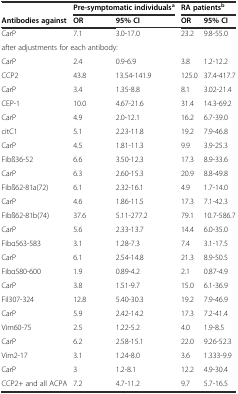
<table><thead><tr><td></td><td colspan="2"><b>Pre-symptomatic individuals<sup>a</sup></b></td><td colspan="2"><b>RA patients<sup>b</sup></b></td></tr><tr><td><b>Antibodies against</b></td><td><b>OR</b></td><td><b>95% CI</b></td><td><b>OR</b></td><td><b>95% CI</b></td></tr></thead><tbody><tr><td>CarP</td><td>7.1</td><td>3.0-17.0</td><td>23.2</td><td>9.8-55.0</td></tr><tr><td colspan="5">after adjustments for each antibody:</td></tr><tr><td>CarP</td><td>2.4</td><td>0.9-6.9</td><td>3.8</td><td>1.2-12.2</td></tr><tr><td>CCP2</td><td>43.8</td><td>13.54-141.9</td><td>125.0</td><td>37.4-417.7</td></tr><tr><td>CarP</td><td>3.4</td><td>1.35-8.8</td><td>8.1</td><td>3.02-21.4</td></tr><tr><td>CEP-1</td><td>10.0</td><td>4.67-21.6</td><td>31.4</td><td>14.3-69.2</td></tr><tr><td>CarP</td><td>4.9</td><td>2.0-12.1</td><td>16.2</td><td>6.7-39.0</td></tr><tr><td>citC1</td><td>5.1</td><td>2.23-11.8</td><td>19.2</td><td>7.9-46.8</td></tr><tr><td>CarP</td><td>4.5</td><td>1.81-11.3</td><td>9.9</td><td>3.9-25.3</td></tr><tr><td>Fibß36-52</td><td>6.6</td><td>3.50-12.3</td><td>17.3</td><td>8.9-33.6</td></tr><tr><td>CarP</td><td>6.3</td><td>2.60-15.3</td><td>20.9</td><td>8.8-49.8</td></tr><tr><td>Fibß62-81a(72)</td><td>6.1</td><td>2.32-16.1</td><td>4.9</td><td>1.7-14.0</td></tr><tr><td>CarP</td><td>4.6</td><td>1.86-11.5</td><td>17.3</td><td>7.1-42.3</td></tr><tr><td>Fibß62-81b(74)</td><td>37.6</td><td>5.11-277.2</td><td>79.1</td><td>10.7-586.7</td></tr><tr><td>CarP</td><td>5.6</td><td>2.33-13.7</td><td>14.4</td><td>6.0-35.0</td></tr><tr><td>Fibα563-583</td><td>3.1</td><td>1.28-7.3</td><td>7.4</td><td>3.1-17.5</td></tr><tr><td>CarP</td><td>6.1</td><td>2.54-14.8</td><td>21.3</td><td>8.9-50.5</td></tr><tr><td>Fibα580-600</td><td>1.9</td><td>0.89-4.2</td><td>2.1</td><td>0.87-4.9</td></tr><tr><td>CarP</td><td>3.8</td><td>1.51-9.7</td><td>15.0</td><td>6.1-36.9</td></tr><tr><td>Fil307-324</td><td>12.8</td><td>5.40-30.3</td><td>19.2</td><td>7.9-46.9</td></tr><tr><td>CarP</td><td>5.9</td><td>2.42-14.2</td><td>17.3</td><td>7.2-41.4</td></tr><tr><td>Vim60-75</td><td>2.5</td><td>1.22-5.2</td><td>4.0</td><td>1.9-8.5</td></tr><tr><td>CarP</td><td>6.2</td><td>2.58-15.1</td><td>22.0</td><td>9.26-52.3</td></tr><tr><td>Vim2-17</td><td>3.1</td><td>1.24-8.0</td><td>3.6</td><td>1.333-9.9</td></tr><tr><td>CarP</td><td>3</td><td>1.2-8.1</td><td>12.2</td><td>4.9-30.4</td></tr><tr><td>CCP2+ and all ACPA</td><td>7.2</td><td>4.7-11.2</td><td>9.7</td><td>5.7-16.5</td></tr></tbody></table>